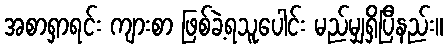
အစာရှာရင်း ကျားစာ ဖြစ်ခဲ့ရသူပေါင်း မည်မျှရှိပြီနည်း။